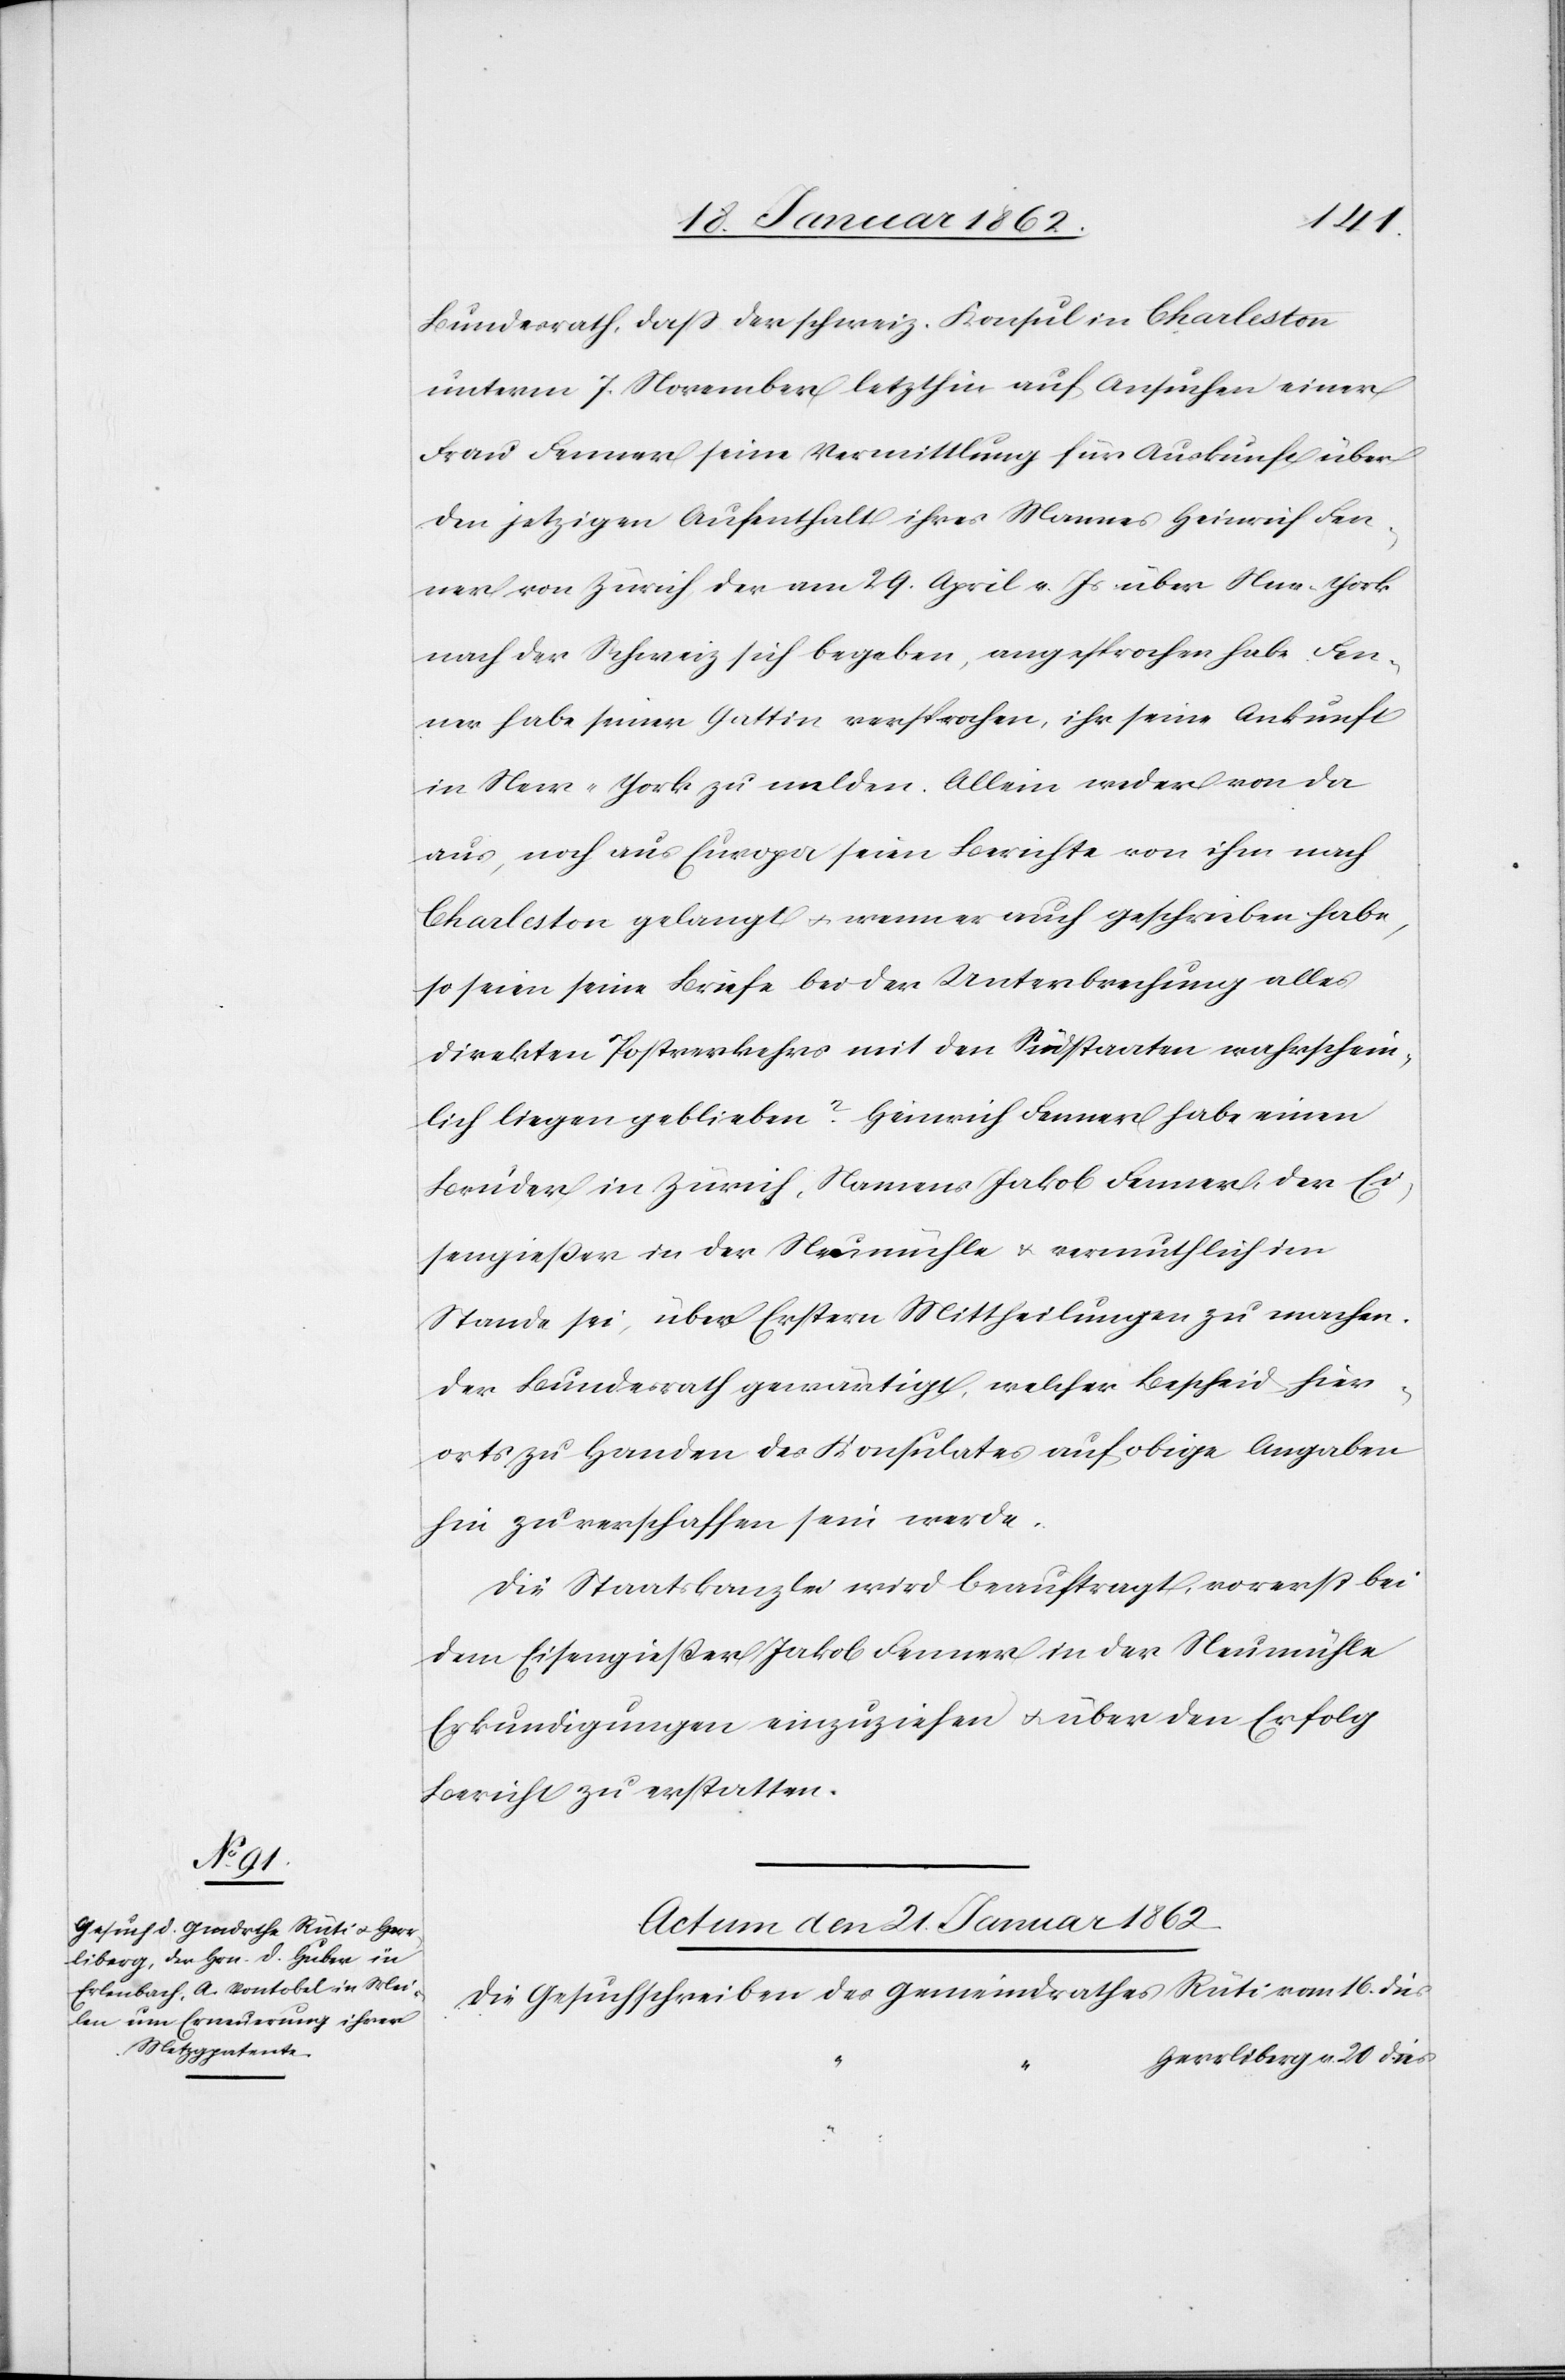
Bundesrath, daß der schweiz. Konsul in Charleston
unterm 7. November letzthin auf Ansuchen einer
Frau Fenner seine Vermittlung für Auskunft über
den jetzigen Aufenthalt ihres Mannes Heinrich Fen¬
ner von Zürich, der am 29. April v. Js über New-York
nach der Schweiz sich begeben, angesprochen habe. Fen¬
ner habe seiner Gattin versprochen, ihr seine Ankunft
in New-York zu melden. Allein weder von da
aus, noch aus Europa seien Berichte von ihm nach
Charleston gelangt u. wenn er auch geschrieben habe,
so seien seine Briefe bei der Unterbrechung alles
direkten Postverkehrs mit den Südstaaten wahrschein¬
lich liegen geblieben? Heinrich Fenner habe einen
Bruder in Zürich, Namens Jakob Fenner, der Ei¬
sengießer in der Neumühle u. vermutlich im
Stande sei, über Erstern Mittheilungen zu machen.
Der Bundesrath gewärtigt, welcher Bescheid hier¬
orts zu Handen des Konsulates auf obige Angaben
hin zu verschaffen sein werde.
Die Staatskanzlei wird beauftragt, vorerst bei
dem Eisengießer Jakob Fenner in der Neumühle
Erkundigungen einzuziehen u. über den Erfolg
Bericht zu erstatten.
Actum den 21. Januar 1862
Die Gesuchschreiben des Gemeindrathes Rüti vom 16. dies
Herrliberg v. 20 dies